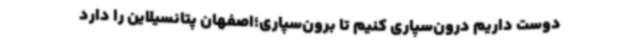
دوست داریم درون‌سپاری کنیم تا برون‌سپاری؛اصفهان پتانسیلاین را دارد